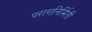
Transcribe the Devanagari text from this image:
परागनिर्मिती